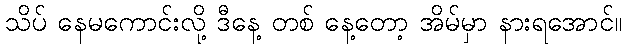
သိပ် နေမကောင်းလို့ ဒီနေ့ တစ် နေ့တော့ အိမ်မှာ နားရအောင်။